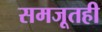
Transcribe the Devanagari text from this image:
समजूतही